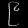
Digit: ၉